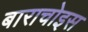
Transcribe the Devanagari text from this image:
बाराचोइस